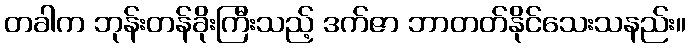
တခါက ဘုန်းတန်ခိုးကြီးသည့် ဒက်ဇာ ဘာတတ်နိုင်သေးသနည်း။